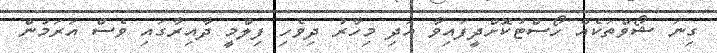
ގިނަ ޝޯވްތަކެއް ހޯސްޓުކޮށްދީފައިވާ އަދި މިހާރު ދިވެހި ފިލްމީ ދާއިރާގައި ވެސް އަރަމުން